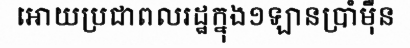
អោយប្រជាពលរដ្ឋក្នុង១ឡានប្រាំម៉ឺន